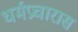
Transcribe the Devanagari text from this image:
धर्मप्रचारास